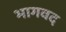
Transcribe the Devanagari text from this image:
भागवद